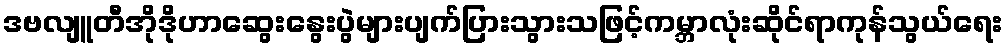
ဒဗလျူတီအိုဒိုဟာဆွေးနွေးပွဲများပျက်ပြားသွားသဖြင့်ကမ္ဘာလုံးဆိုင်ရာကုန်သွယ်ရေး